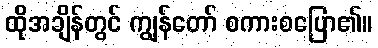
ထိုအချိန်တွင် ကျွန်တော် စကားစပြော၏။